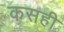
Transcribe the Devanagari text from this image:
कसही